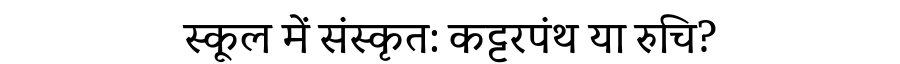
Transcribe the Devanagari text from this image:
स्कूल में संस्कृत: कट्टरपंथ या रुचि?